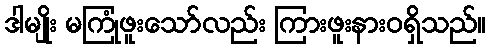
ဒါမျိုး မကြုံဖူးသော်လည်း ကြားဖူးနားဝရှိသည်။